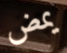
يمض